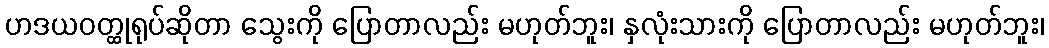
ဟဒယဝတ္ထုရုပ်ဆိုတာ သွေးကို ပြောတာလည်း မဟုတ်ဘူး၊ နှလုံးသားကို ပြောတာလည်း မဟုတ်ဘူး၊